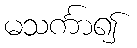
မသင်္ကာ၍